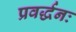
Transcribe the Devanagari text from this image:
प्रवर्द्धनः